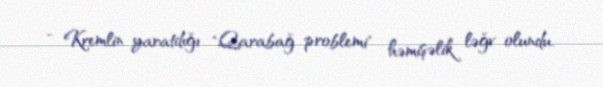
- Kremlin yaratdığı "Qarabağ problemi" həmişəlik ləğv olundu.